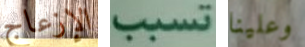
الإزعاج تسبب وعلينا